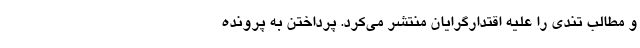
و مطالب تندی را علیه اقتدارگرایان منتشر می‌کرد. پرداختن به پرونده